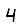
Digit: 4